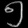
Digit: ၅